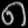
Digit: ၈